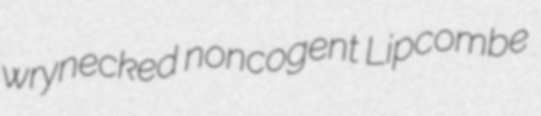
wrynecked noncogent Lipcombe